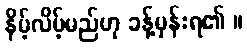
နိမ့်လိမ့်မည်ဟု ခန့်မှန်းရ၏ ။